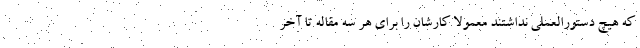
که هیچ دستورالعملی نداشتند معمولاً کارشان را برای هر سه مقاله تا آخر